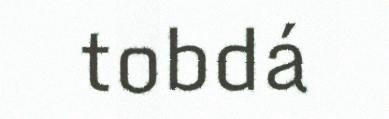
tobdá